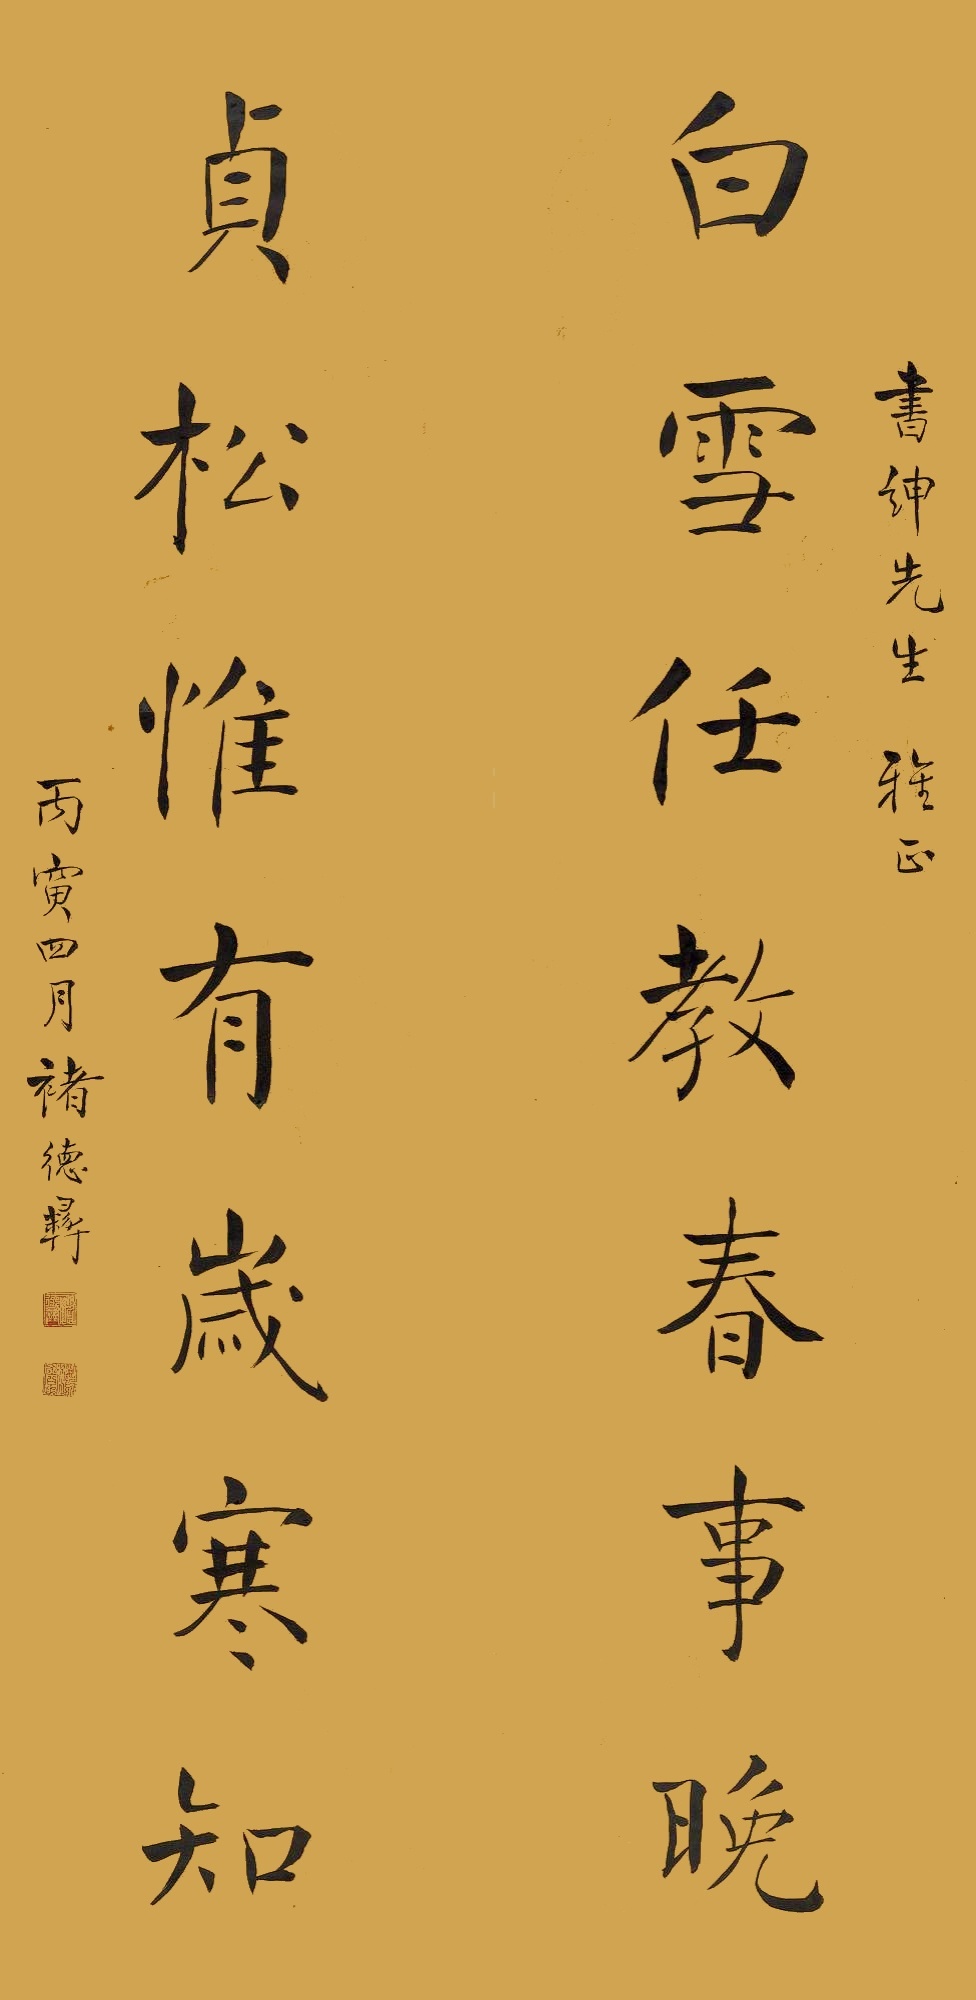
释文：白雪任教春事晚，贞松惟有岁寒知。书绅先生雅正。丙寅四月，褚德彜。